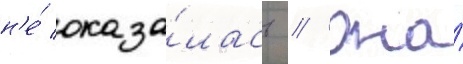
н'е́ оказа́лась // Она́